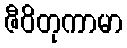
ဇီဝိတုကာမာ